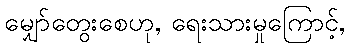
မျှော်တွေးစေဟု, ရေးသားမှုကြောင့်,